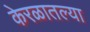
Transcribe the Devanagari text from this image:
केरळातल्या